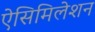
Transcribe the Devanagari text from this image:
ऐसिमिलेशन